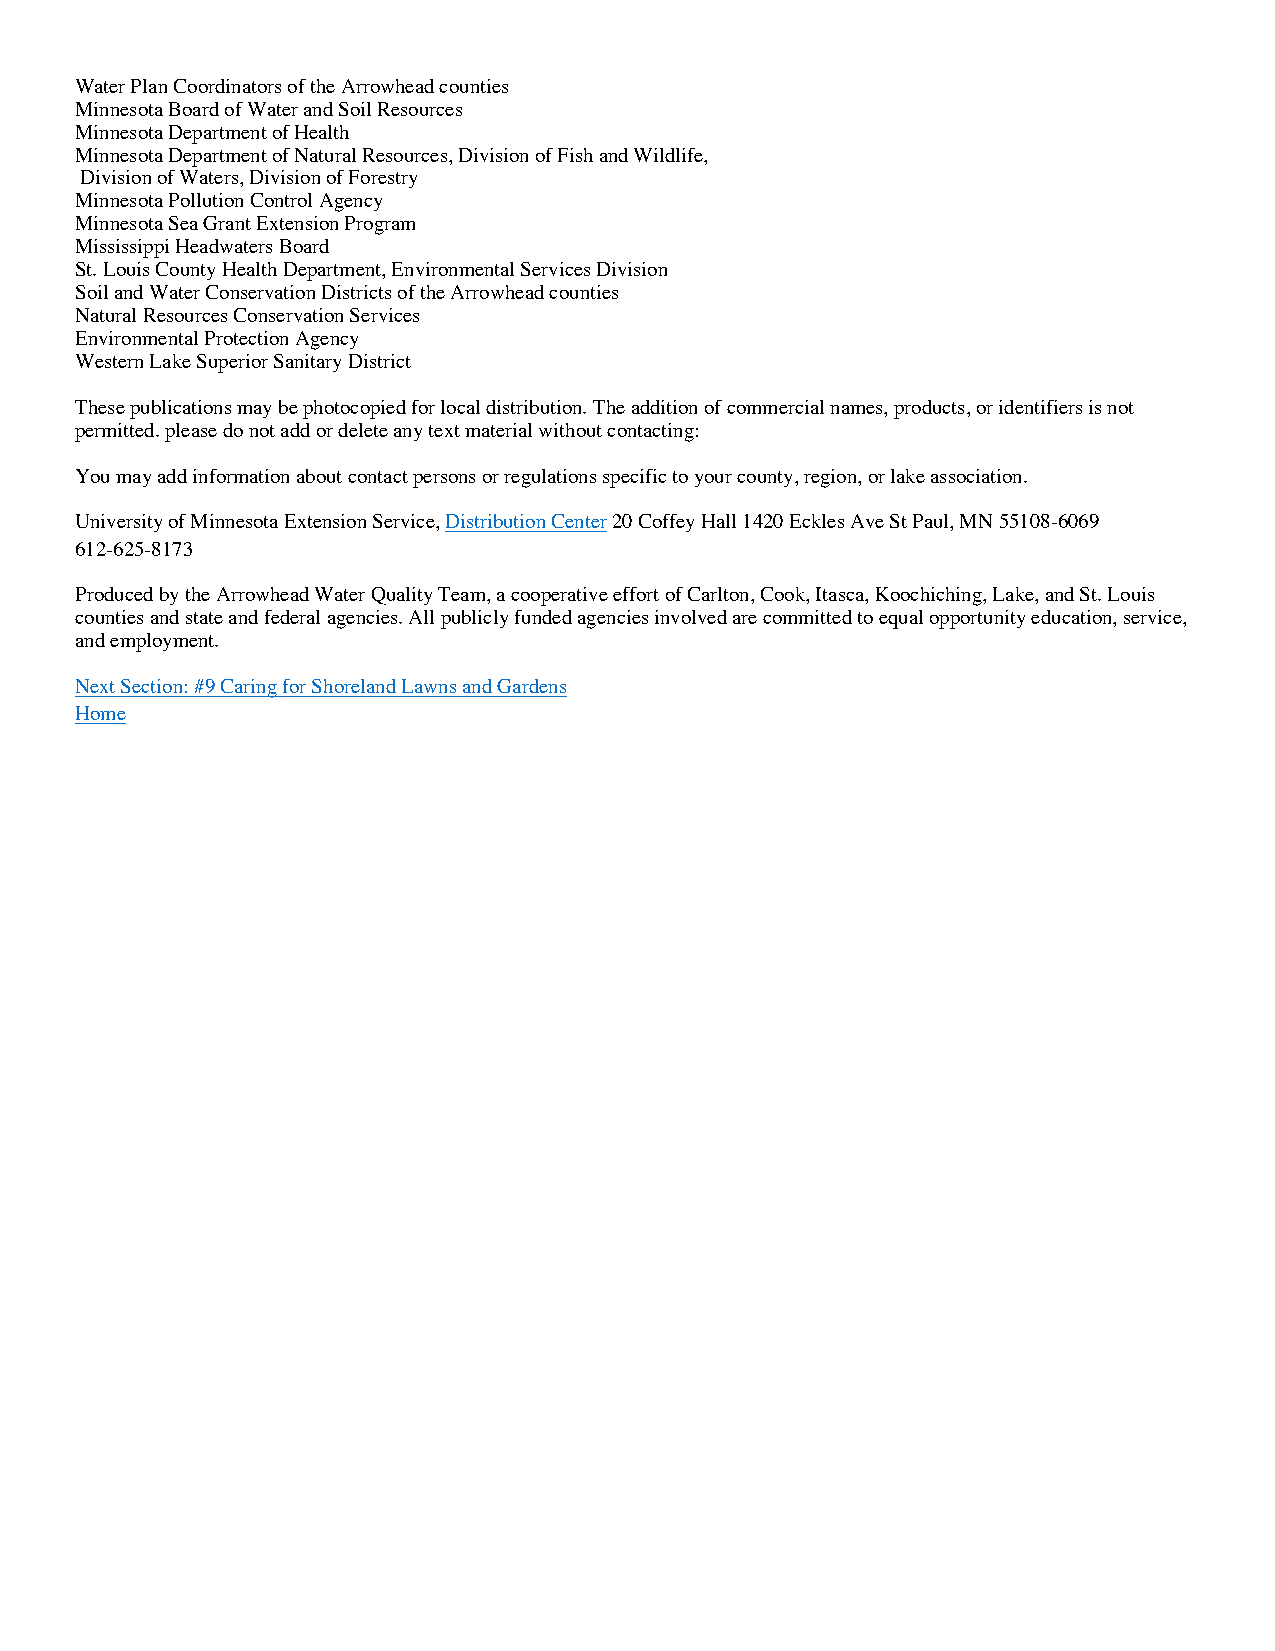
Water Plan Coordinators of the Arrowhead counties
 Minnesota Board of Water and Soil Resources
 Minnesota Department of Health
 Minnesota Department of Natural Resources, Division of Fish and Wildlife,
 Division of Waters, Division of Forestry
 Minnesota Pollution Control Agency
 Minnesota Sea Grant Extension Program
 Mississippi Headwaters Board
 St. Louis County Health Department, Environmental Services Division
 Soil and Water Conservation Districts of the Arrowhead counties
 Natural Resources Conservation Services
 Environmental Protection Agency
 Western Lake Superior Sanitary District
 These publications may be photocopied for local distribution. The addition of commercial names, products, or identifiers is not
 permitted. please do not add or delete any text material without contacting:
 You may add information about contact persons or regulations specific to your county, region, or lake association.
 University of Minnesota Extension Service, Distribution Center 20 Coffey Hall 1420 Eckles Ave St Paul, MN 55108-6069
 612-625-8173
 Produced by the Arrowhead Water Quality Team, a cooperative effort of Carlton, Cook, Itasca, Koochiching, Lake, and St. Louis
 counties and state and federal agencies. All publicly funded agencies involved are committed to equal opportunity education, service,
 and employment.
 Next Section: #9 Caring for Shoreland Lawns and Gardens
 Home